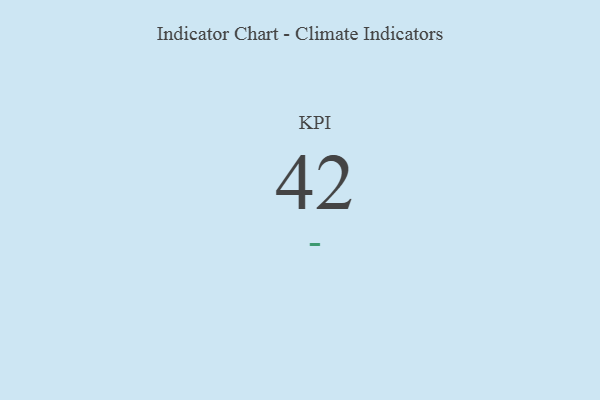
{"axis": {"x": "KPI", "y": "Value"}, "legend": [""], "data": [{"x": "KPI", "y": 42, "type": ""}]}